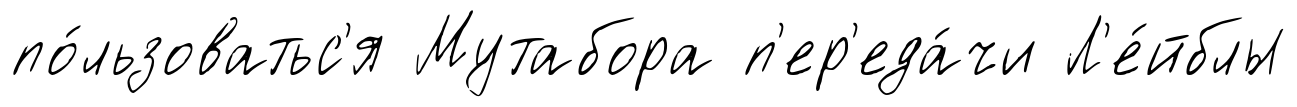
по́льзоватьс'я Мутабора п'ер'еда́чи Л'е́йблы